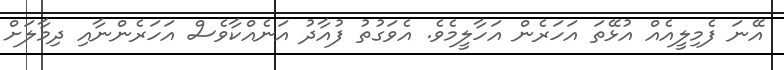
އޭނަ ފެމިލީއެއް އުޅޭތަ އަހަރެން އަހާލީމެވެ. އެވަގުތު ފުއާދު އަނެއްކާވެސް އަހަރެންނާއި ދިމާލަށް